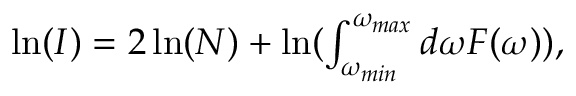
\begin{array} { r } { \ln ( I ) = 2 \ln ( N ) + \ln ( \int _ { \omega _ { m i n } } ^ { \omega _ { m a x } } d \omega F ( \omega ) ) , } \end{array}